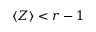
\left< Z \right> < r - 1